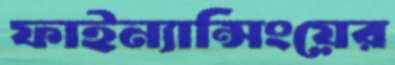
ফাইন্যান্সিংয়ের